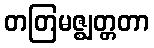
တတြမဇ္ဈတ္တတာ